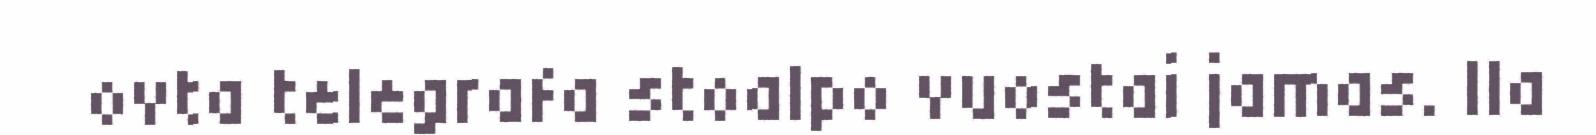
ovta telegrafa stoalpo vuostai jamas. Ila